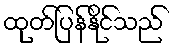
ထုတ်ပြန်နိုင်သည်